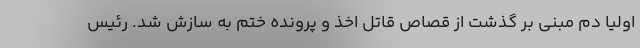
اولیا دم مبنی بر گذشت از قصاص قاتل اخذ و پرونده ختم به سازش شد. رئیس